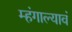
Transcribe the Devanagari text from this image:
म्हंगाल्यावं